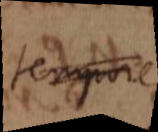
tempore